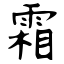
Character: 霜